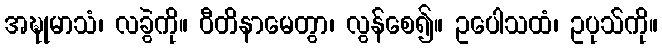
အဍ္ဎုမာသံ၊ လခွဲကို။ ဝီတိနာမေတွာ၊ လွန်စေ၍။ ဥပေါသထံ၊ ဥပုသ်ကို။